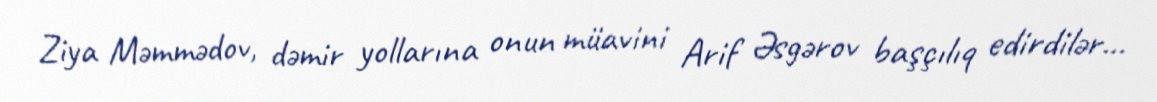
Ziya Məmmədov, dəmir yollarına onun müavini Arif Əsgərov başçılıq edirdilər...